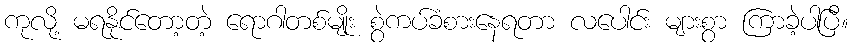
ကုလို့ မရနိုင်တော့တဲ့ ရောဂါတစ်မျိုး စွဲကပ်ခံစားနေရတာ လပေါင်း များစွာ ကြာခဲ့ပါပြီ။